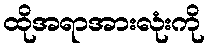
ထိုအရာအားလုံးကို